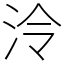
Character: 泠